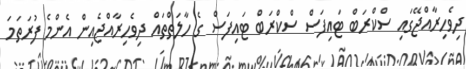
ދިވެހިރާއްޖޭގައި ސްކްރަބް ޓައިފަސް ސްކްރަބް ޓައިފަސް ގެ ހާލަތްތައް ދިވެހިރާއްޖެއިން އެންމެ ފުރަތަމަ